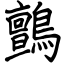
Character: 鸇